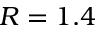
R = 1 . 4